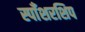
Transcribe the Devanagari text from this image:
स्पाँशरशिप